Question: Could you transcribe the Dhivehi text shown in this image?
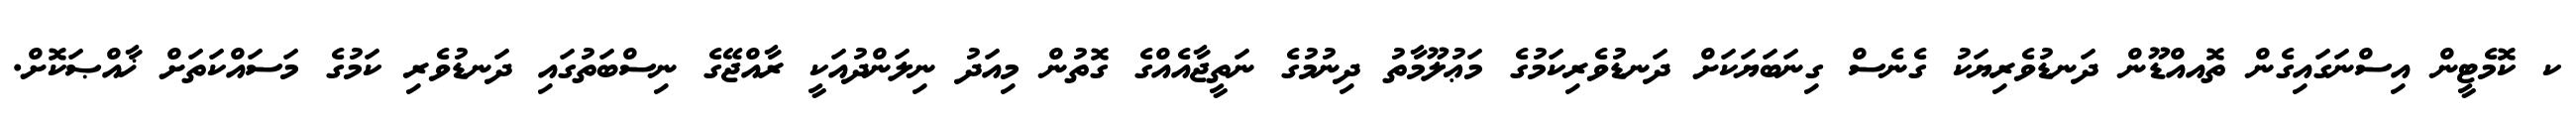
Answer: ކ ކޮމެޓީން އިސްނަގައިގެން ތޮއއްޑޫން ދަނޑުވެރިޔަކު ގެނެސް ގިނަބަޔަކަށް ދަނޑުވެރިކަމުގެ މަޢުލޫމާތު ދިނުމުގެ ނަތީޖާއެއްގެ ގޮތުން މިއަދު ނިލަންދުއަކީ ރާއްޖޭގެ ނިސްބަތުގައި ދަނޑުވެރި ކަމުގެ މަސައްކަތަށް ޚާއްޞަކޮށް.